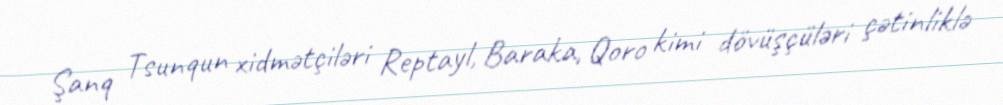
Şanq Tsunqun xidmətçiləri Reptayl, Baraka, Qoro kimi dövüşçüləri çətinliklə